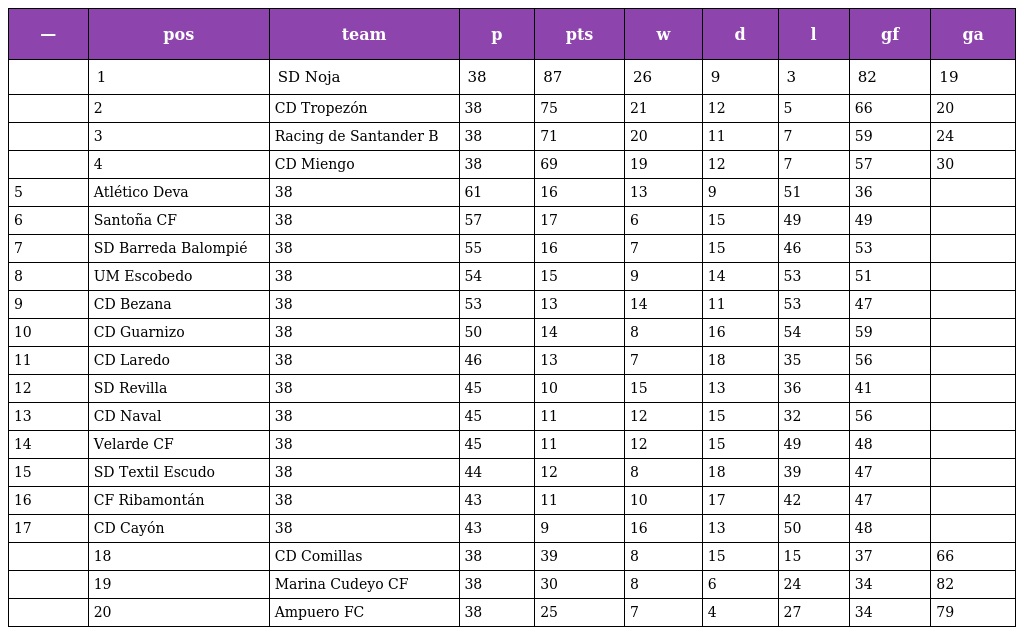
| — | pos | team | p | pts | w | d | l | gf | ga |
 | --- | --- | --- | --- | --- | --- | --- | --- | --- | --- |
 |  | 1 | SD Noja | 38 | 87 | 26 | 9 | 3 | 82 | 19 |
 |  | 2 | CD Tropezón | 38 | 75 | 21 | 12 | 5 | 66 | 20 |
 |  | 3 | Racing de Santander B | 38 | 71 | 20 | 11 | 7 | 59 | 24 |
 |  | 4 | CD Miengo | 38 | 69 | 19 | 12 | 7 | 57 | 30 |
 | 5 | Atlético Deva | 38 | 61 | 16 | 13 | 9 | 51 | 36 |  |
 | 6 | Santoña CF | 38 | 57 | 17 | 6 | 15 | 49 | 49 |  |
 | 7 | SD Barreda Balompié | 38 | 55 | 16 | 7 | 15 | 46 | 53 |  |
 | 8 | UM Escobedo | 38 | 54 | 15 | 9 | 14 | 53 | 51 |  |
 | 9 | CD Bezana | 38 | 53 | 13 | 14 | 11 | 53 | 47 |  |
 | 10 | CD Guarnizo | 38 | 50 | 14 | 8 | 16 | 54 | 59 |  |
 | 11 | CD Laredo | 38 | 46 | 13 | 7 | 18 | 35 | 56 |  |
 | 12 | SD Revilla | 38 | 45 | 10 | 15 | 13 | 36 | 41 |  |
 | 13 | CD Naval | 38 | 45 | 11 | 12 | 15 | 32 | 56 |  |
 | 14 | Velarde CF | 38 | 45 | 11 | 12 | 15 | 49 | 48 |  |
 | 15 | SD Textil Escudo | 38 | 44 | 12 | 8 | 18 | 39 | 47 |  |
 | 16 | CF Ribamontán | 38 | 43 | 11 | 10 | 17 | 42 | 47 |  |
 | 17 | CD Cayón | 38 | 43 | 9 | 16 | 13 | 50 | 48 |  |
 |  | 18 | CD Comillas | 38 | 39 | 8 | 15 | 15 | 37 | 66 |
 |  | 19 | Marina Cudeyo CF | 38 | 30 | 8 | 6 | 24 | 34 | 82 |
 |  | 20 | Ampuero FC | 38 | 25 | 7 | 4 | 27 | 34 | 79 |